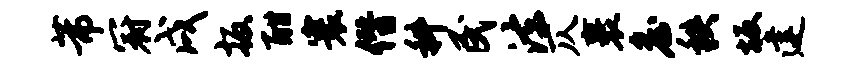
芾冠戌扳酣寰僭科民法仄裹詹秩坂建